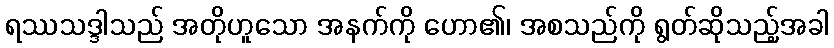
ရဿသဒ္ဒါသည် အတိုဟူသော အနက်ကို ဟော၏၊ အစသည်ကို ရွတ်ဆိုသည့်အခါ